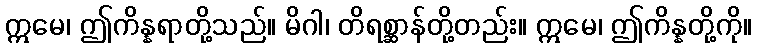
ဣမေ၊ ဤကိန္နရာတို့သည်။ မိဂါ၊ တိရစ္ဆာန်တို့တည်း။ ဣမေ၊ ဤကိန္နတို့ကို။